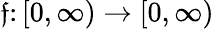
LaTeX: \mathfrak{f}\colon[0,\infty)\rightarrow[0,\infty)